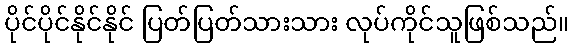
ပိုင်ပိုင်နိုင်နိုင် ပြတ်ပြတ်သားသား လုပ်ကိုင်သူဖြစ်သည်။